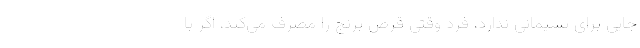
جایی برای پشیمانی ندارد، فرد وقتی قرص برنج را مصرف می‌کند، اگر با